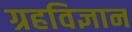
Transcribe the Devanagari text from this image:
ग्रहविज्ञान